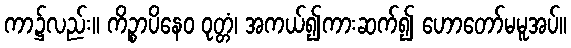
ကာ၌လည်း။ ကိဉ္စာပိနေဝ ဝုတ္တံ၊ အကယ်၍ကားဆက်၍ ဟောတော်မမူအပ်။